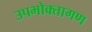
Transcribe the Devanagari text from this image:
उपभोक्‍तागण